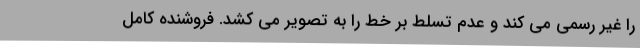
را غیر رسمی می کند و عدم تسلط بر خط را به تصویر می کشد. فروشنده کامل